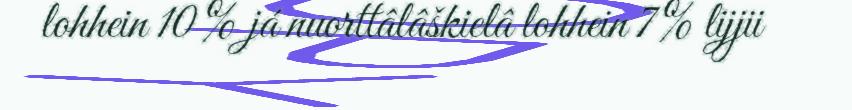
lohhein 10 % já nuorttâlâškielâ lohhein 7 % lijjii